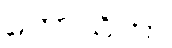
ကောသိကာ